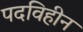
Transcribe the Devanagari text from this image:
पदविहीन